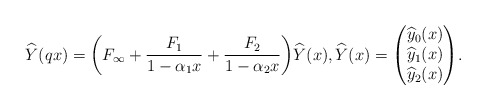
\begin{align*}\widehat{Y}(qx) &= \biggl(F_{\infty}+\frac{F_1}{1- \alpha_1 x}+\frac{F_2}{1- \alpha_2 x} \biggr) \widehat{Y}(x), \widehat{Y}(x) = \begin{pmatrix} \widehat{y}_{0}(x) \\ \widehat{y}_{1}(x) \\ \widehat{y}_{2}(x) \end{pmatrix}\! .\end{align*}